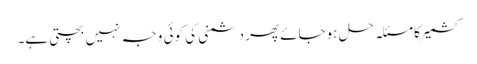
کشمیر کا مسئلہ حل ہوجائے پھر دشمنی کی کوئی وجہ نہیں بچتی ہے۔